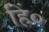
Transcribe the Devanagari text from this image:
हिं०